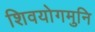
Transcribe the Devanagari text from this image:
शिवयोगमुनि